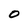
Character: O